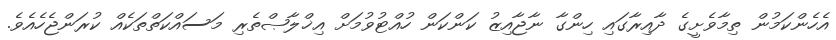
އެހެންކަމުން ތިމާވެށީގެ ދާއިރާގައި ހިންގާ ނާޖާއިޒު ކަންކަން ހުއްޓުވުމަށް އިޚްލާޞްތެރި މަސައްކަތްތަކެއް ކުރަންޖެހެއެވެ.